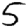
Digit: 5